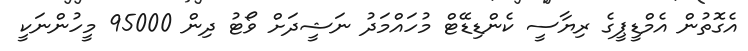
އެގޮތުން އެމްޑީޕީގެ ރިޔާސީ ކެންޑިޑޭޓް މުހައްމަދު ނަޝީދަށް ވޯޓު ދިން 95000 މީހުންނަކީ